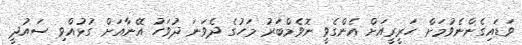
ވަަޑައިގެންނެވުމަށް ހަރީރީއަށް އެންގެވީ ނޮވެމްބަރު މަހުގެ ދެވަނަ ދުވަހު އޭނާއަށް ގުޅުއްވި ސައުދީ